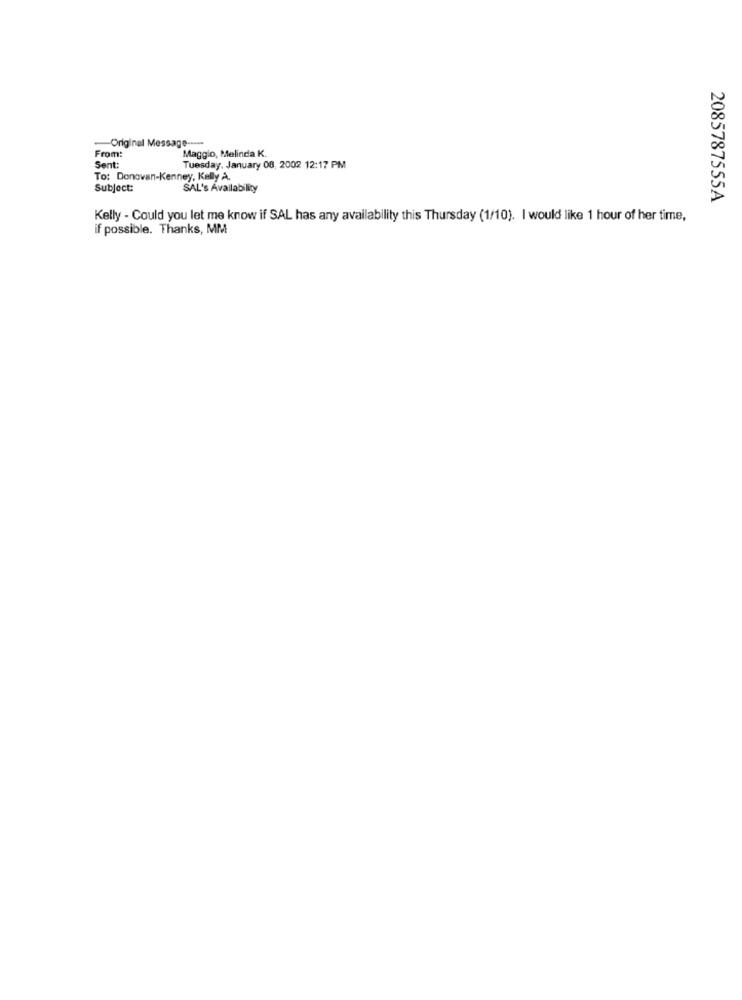
From:
Original Message -----
Maggio, Melinda K.
Sent:
Tuesday, January 08, 2002 12:17 PM
To: Donovan-Kenney, Kelly A.
Subject:
SAL's Availability
2085787555A
Kelly - Could you let me know if SAL has any availability this Thursday (1/10). I would like 1 hour of her time,
if possible. Thanks, MM